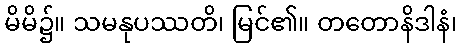
မိမိ၌။ သမနုပဿတိ၊ မြင်၏။ တတောနိဒါနံ၊